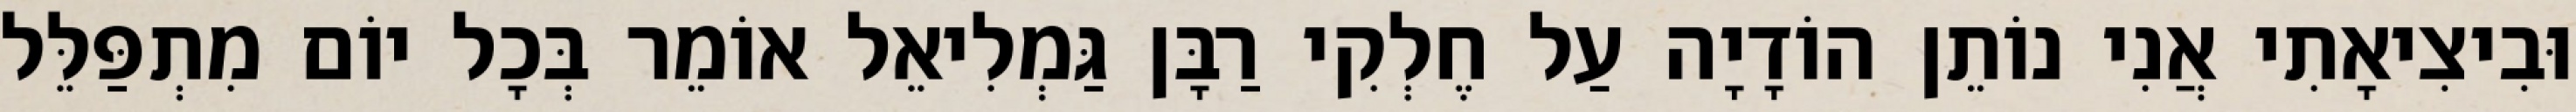
וּבִיצִיאָתִי אֲנִי נוֹתֵן הוֹדָיָה עַל חֶלְקִי רַבָּן גַּמְלִיאֵל אוֹמֵר בְּכָל יוֹם מִתְפַּלֵּל